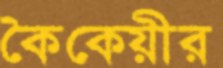
কৈকেয়ীর